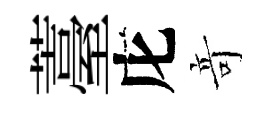
薹庀竒